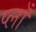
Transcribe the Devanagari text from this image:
प्लाँ